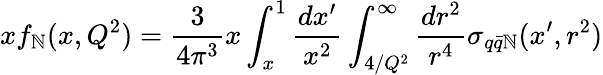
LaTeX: xf_{\mathbb{N}}(x,Q^{2})=\frac{{3}}{{4\pi^{3}}}x\int_{x}^{1}\frac{{dx^{\prime}}}{{x^{2}}}\int_{4/Q^{2}}^{\infty}\frac{{dr^{2}}}{{r^{4}}}\sigma_{q\bar{{q}}\mathbb{N}}(x^{\prime},r^{2})